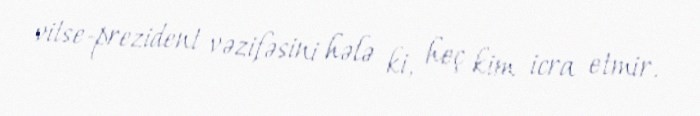
vitse-prezident vəzifəsini hələ ki, heç kim icra etmir.